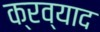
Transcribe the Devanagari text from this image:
क्रव्याद